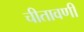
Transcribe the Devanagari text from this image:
चीतावणी